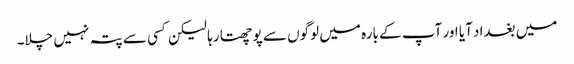
میں بغداد آیا اور آپ کے بارہ میں لوگوں سے پوچھتا رہا لیکن کسی سے پتہ نہیں چلا۔